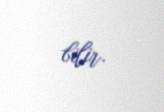
bilir.